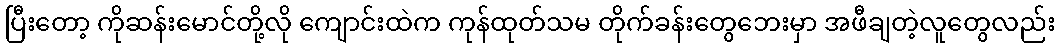
ပြီးတော့ ကိုဆန်းမောင်တို့လို ကျောင်းထဲက ကုန်ထုတ်သမ တိုက်ခန်းတွေဘေးမှာ အဖီချတဲ့လူတွေလည်း